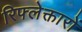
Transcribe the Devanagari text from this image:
रिफ्लेक्तारों